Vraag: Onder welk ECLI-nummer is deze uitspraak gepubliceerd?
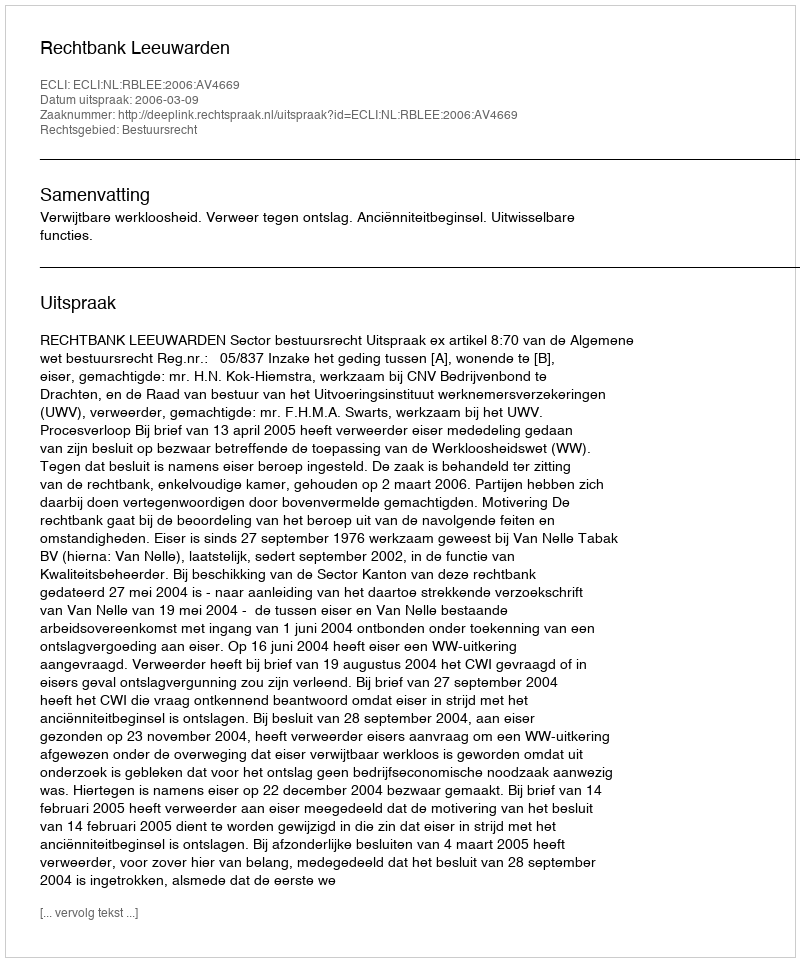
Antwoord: ECLI:NL:RBLEE:2006:AV4669